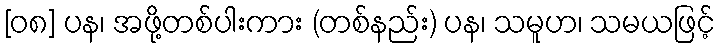
[၀၈] ပန၊ အဖို့တစ်ပါးကား (တစ်နည်း) ပန၊ သမူဟ၊ သမယဖြင့်